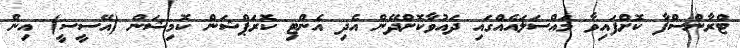
ޓްރާންސްފާ ކޮށްފައިވާ މައްސަލައެއްގައި ދައުވާކޮށްދޭން އެދި އެންޓި ކޮރަޕްޝަން ކޮމިޝަން (އޭސީސީ) އިން